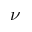
\nu